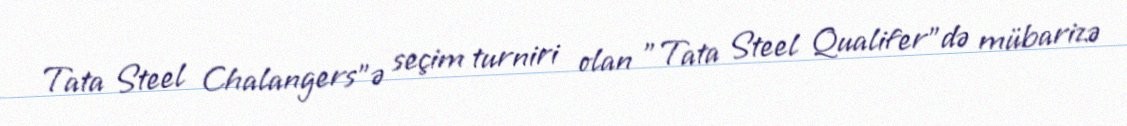
Tata Steel Chalangers"ə seçim turniri olan "Tata Steel Qualifer"də mübarizə